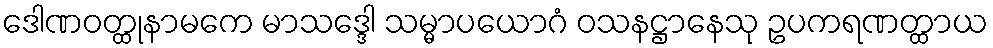
ဒေါဏဝတ္ထုနာမကေ မာသဒ္ဒေါ သမ္မာပယောဂံ ဝသနဋ္ဌာနေသု ဥပကရဏတ္ထာယ